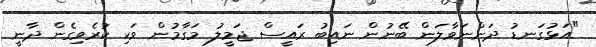
"އަޅުގަނޑު ދަންނަވާލަން ބޭނުން ނައިބު ރައީސް ޖަމީލު މަގާމުން ވަކި ކުރެވިގެން ދާނީ